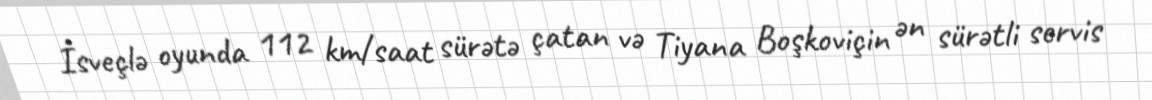
İsveçlə oyunda 112 km/saat sürətə çatan və Tiyana Boşkoviçin ən sürətli servis